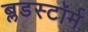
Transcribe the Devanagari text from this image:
ब्लडस्टॉर्म